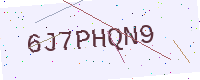
Text: 6J7PHQN9